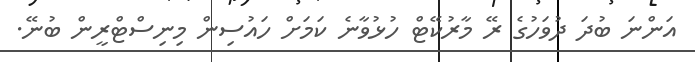
އަންނަ ބުދަ ދުވަހުގެ ރޭ މާރުކޭޓް ހުޅުވާނެ ކަމަށް ހައުސިން މިނިސްޓްރީން ބުނޭ.